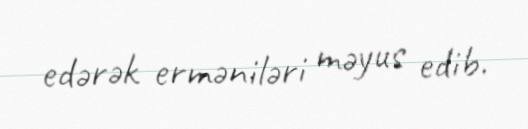
edərək erməniləri məyus edib.